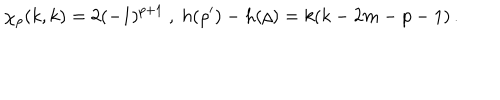
\chi _ { \rho } ( k , k ) = 2 ( - 1 ) ^ { p + 1 } \ , \ h ( \rho ^ { \prime } ) - h ( \rho ) = k ( k - 2 m - p - 1 ) \, .